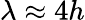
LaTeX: \lambda\approx 4h